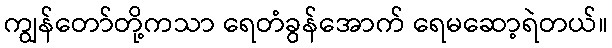
ကျွန်တော်တို့ကသာ ရေတံခွန်အောက် ရေမဆော့ရဲတယ်။